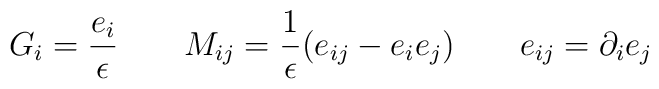
G_i=\frac {e_i}\epsilon \qquad M_{ij}=\frac 1\epsilon(e_{ij}-e_ie_j) \qquad e_{ij}=\partial_i e_j